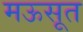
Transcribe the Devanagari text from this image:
मऊसूत